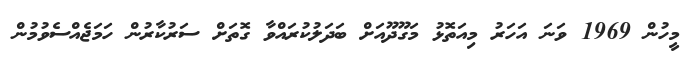
މީހުން 1969 ވަނަ އަހަރު މިއަތޮޅު މަގޫދޫއަށް ބަދަލުކުރައްވާ ގޮތަށް ސަރުކާރުން ހަމަޖެއްސެވުމުން